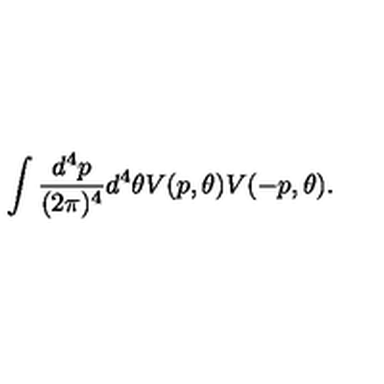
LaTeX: \int \frac { d ^ { 4 } p } { ( 2 \pi ) ^ { 4 } } d ^ { 4 } \theta V ( p , \theta ) V ( - p , \theta ) .